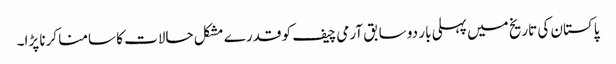
پاکستان کی تاریخ میں پہلی بار دو سابق آرمی چیف کو قدرے مشکل حالات کا سامنا کرنا پڑا۔